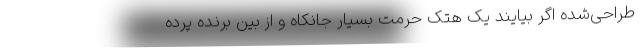
طراحی‌شده اگر بیایند یک هتک حرمت بسیار جانکاه و از بین برنده پرده